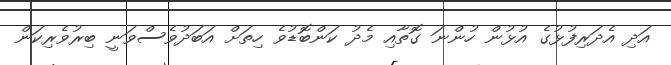
އަދި އެދަރިފުޅުގެ އުޅުން ހުންނަ ގޮތާއި މެދު ކަންބޮޑުވެ ހިތަށް އަބަދުވެސްވަނީ ބިރުވެރިކަން